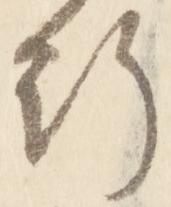
行